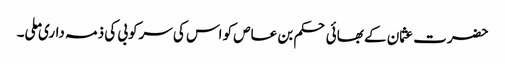
حضرت عثمان کے بھائی حکم بن عاص کو اس کی سرکوبی کی ذمہ داری ملی۔